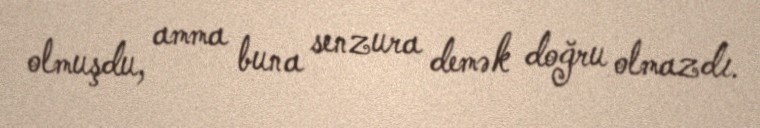
olmuşdu, amma buna senzura demək doğru olmazdı.